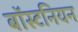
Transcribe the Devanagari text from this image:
बॉस्टनियन